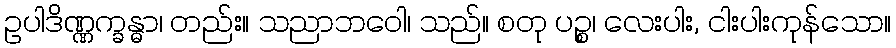
ဥပါဒိဏ္ဏက္ခန္ဓာ၊ တည်း။ သညာဘဝေါ၊ သည်။ စတု ပဉ္စ၊ လေးပါး, ငါးပါးကုန်သော။